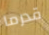
قدرما